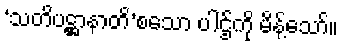
‘သတိပဋ္ဌာနာတိ’စသော ပါဌ်ကို မိန့်သော်။